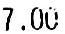
7.00